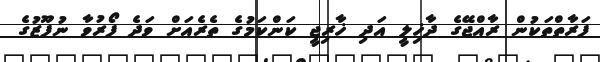
ފަރާތްތަކުން ރާއްޖޭގެ ދާޚިލީ އަދި ޚާރިޖީ ކަންކަމުގެ ތެރެއަށް ވަދެ ފޯރުވާ ނުފޫޒުގެ